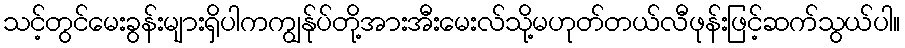
သင့်တွင်မေးခွန်းများရှိပါကကျွန်ုပ်တို့အားအီးမေးလ်သို့မဟုတ်တယ်လီဖုန်းဖြင့်ဆက်သွယ်ပါ။